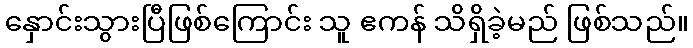
နှောင်းသွားပြီဖြစ်ကြောင်း သူ ဧကန် သိရှိခဲ့မည် ဖြစ်သည်။